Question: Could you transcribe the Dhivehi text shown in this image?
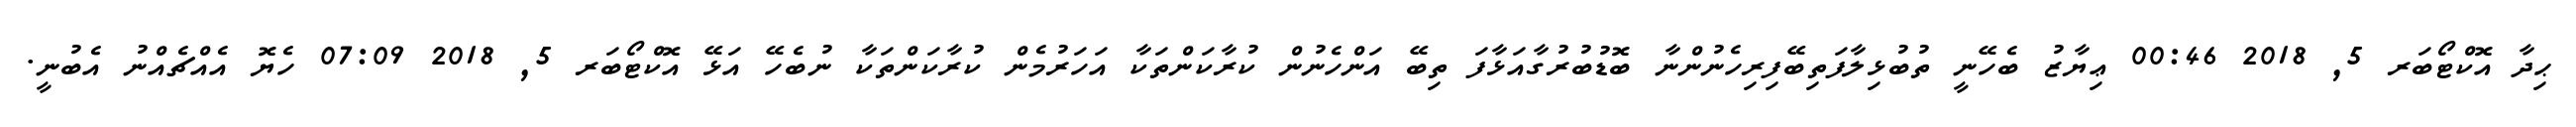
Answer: ޙިދާ އޮކްޓޯބަރ 5, 2018 00:46 ޢިޔާޒު ބެހޭނީ ތުބުޅިލާފަތިބޭފިރިހެނުންނާ ބޮޑުބުރުގާއަޅާފަ ތިބޭ އަންހެނުން ކުރާކަންތަކާ އަހަރުމެން ކުރާކަންތަކާ ނުބެހޭ އަޅޭ އޮކްޓޯބަރ 5, 2018 07:09 ހެޔޮ އެއްޗެއްނު އެބުނީ.